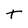
Character: T